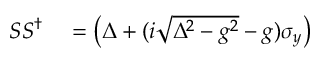
\begin{array} { r l } { S S ^ { \dag } } & { { } = \left( \Delta + ( i \sqrt { \Delta ^ { 2 } - g ^ { 2 } } - g ) \sigma _ { y } \right) } \end{array}